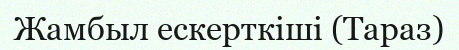
Жамбыл ескерткіші (Тараз)